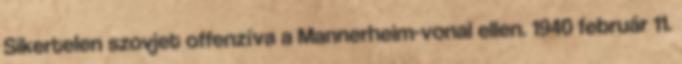
Sikertelen szovjet offenzíva a Mannerheim-vonal ellen. 1940 február 11.